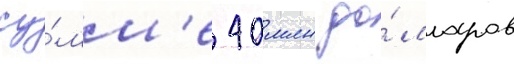
су́мм'е 40 млн до́лларов